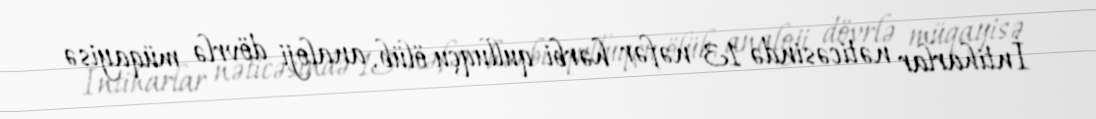
İntiharlar nəticəsində 13 nəfər hərbi qulluqçu ölüb, analoji dövrlə müqayisə